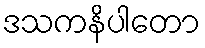
ဒသကနိပါတော